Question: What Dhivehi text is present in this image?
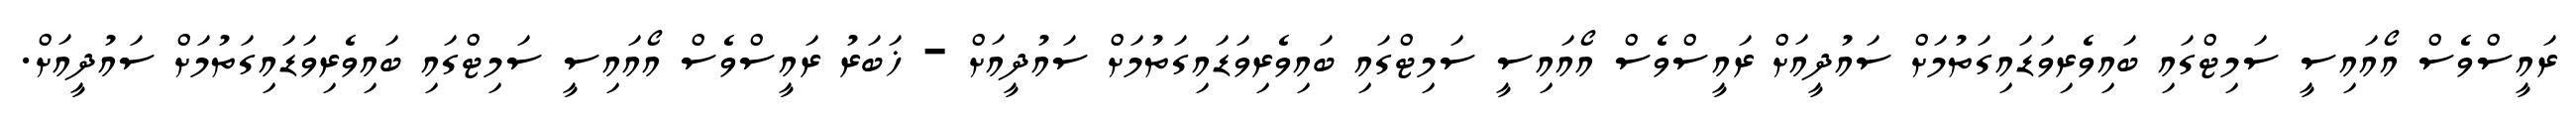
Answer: ރައީސްވެސް އޯއައިސީ ސަމިޓްގައި ބައިވެރިވަޑައިގަތުމަށް ސައުދީއަށް ރައީސްވެސް އޯއައިސީ ސަމިޓްގައި ބައިވެރިވަޑައިގަތުމަށް ސައުދީއަށް - ޚަބަރު ރައީސްވެސް އޯއައިސީ ސަމިޓްގައި ބައިވެރިވަޑައިގަތުމަށް ސައުދީއަށް.